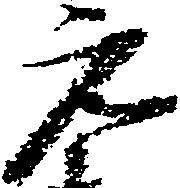
元